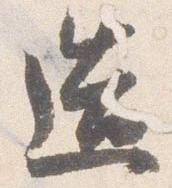
造